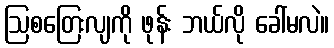
ဩစတြေးလျကို ဖုန်း ဘယ်လို ခေါ်မလဲ။